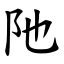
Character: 阤